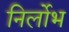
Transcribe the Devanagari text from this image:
निर्लोभ